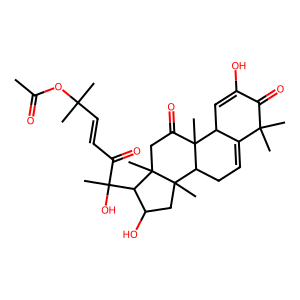
SMILES: CC(=O)OC(C)(C)C=CC(=O)C(C)(O)C1C(O)CC2(C)C3CC=C4C(C=C(O)C(=O)C4(C)C)C3(C)C(=O)CC12C
Inhibits HIV replication: No